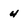
Character: 4